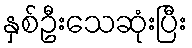
နှစ်ဦးသေဆုံးပြီး